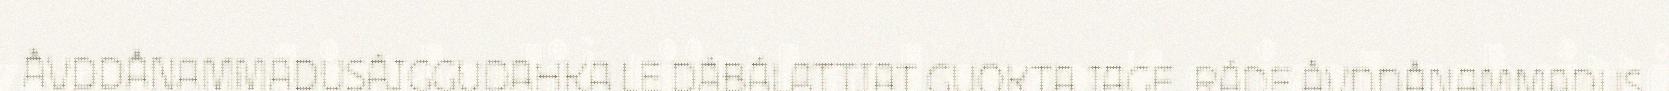
ÅVDDÅNAMMADUSÁJGGUDAHKA LE DÁBÁLATTJAT GUOKTA JAGE. RÁDE ÅVDDÅNAMMADUS